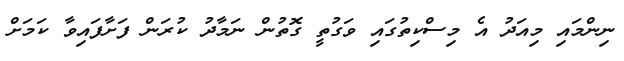
ނިންމައި މިއަދު އެ މިސްކިތުގައި ވަގުތީ ގޮތުން ނަމާދު ކުރަން ފަށާފައިވާ ކަމަށް